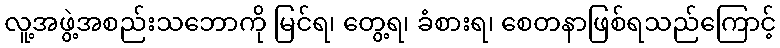
လူ့အဖွဲ့အစည်းသဘောကို မြင်ရ၊ တွေ့ရ၊ ခံစားရ၊ စေတနာဖြစ်ရသည်ကြောင့်